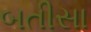
બતીસા